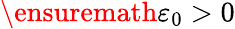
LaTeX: \ensuremath{\varepsilon}_{0}>0